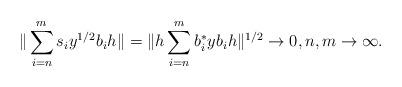
LaTeX: \begin{align*}\| \sum_{i=n}^m s_i y^{1/2} b_i h\| = \| h \sum_{i=n}^m b_i^\ast y b_i h \|^{1/2} \to 0, n,m \to \infty.\end{align*}